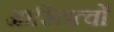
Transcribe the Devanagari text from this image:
आस्तित्वों